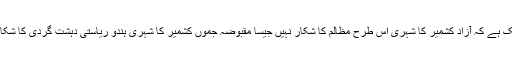
یہ ٹھیک ہے کہ آزاد کشمیر کا شہری اس طرح مظالم کا شکار نہیں جیسا مقبوضہ جموں کشمیر کا شہری ہندو ریاستی دہشت گردی کا شکار ہے۔